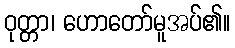
ဝုတ္တာ၊ ဟောတော်မူအပ်၏။